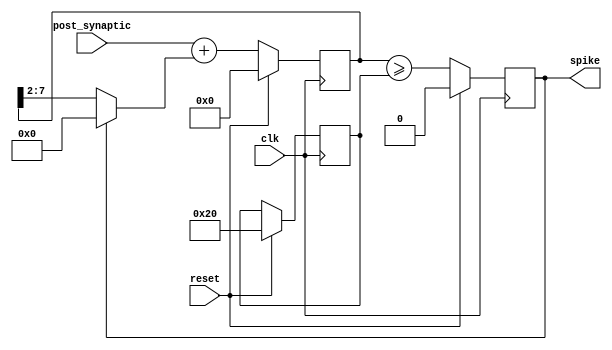
`default_nettype none
`timescale 1ns/1ns
module neuron_2x (
    input wire               clk,
    input wire               reset,
    input wire [7:0]    post_synaptic,
    output reg               spike
);

    reg [7:0] state, threshold;
    wire [7:0] state_hist;

    assign state_hist = post_synaptic + (spike ? 0 : (state >> 2)); // scale by 1/4


    // to-do: check for overflow
    always @(posedge clk) begin
        if (reset) begin
            threshold <= 32;
            state <= 0;
            spike <= 0;
        end else begin
            state <= state_hist;
            spike <= (state >= threshold);

        end
    end

endmodule